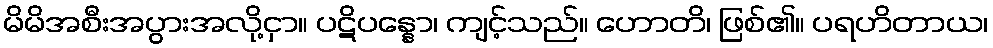
မိမိအစီးအပွားအလို့ငှာ။ ပဋိပန္နော၊ ကျင့်သည်။ ဟောတိ၊ ဖြစ်၏။ ပရဟိတာယ၊